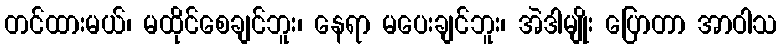
တင်ထားမယ်၊ မထိုင်စေချင်ဘူး၊ နေရာ မပေးချင်ဘူး၊ အဲဒါမျိုး ပြောတာ အာဝါသ